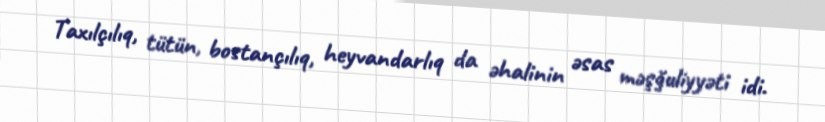
Taxılçılıq, tütün, bostançılıq, heyvandarlıq da əhalinin əsas məşğuliyyəti idi.